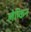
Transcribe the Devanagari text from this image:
लेम्किन